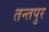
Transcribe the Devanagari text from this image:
तन्तपुर